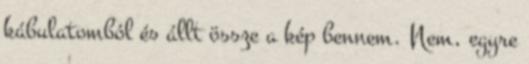
kábulatomból és állt össze a kép bennem. Nem, egyre